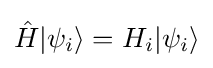
{\hat {H}}|\psi _{i}\rangle =H_{i}|\psi _{i}\rangle